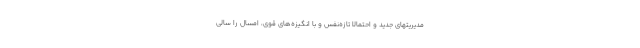
مدیریتهای جدید و احتمالاً تازه‌نفس و با انگیزه‌های قوی، امسال را سالی